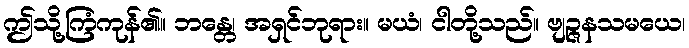
ဤသို့ကြံကုန်၏။ ဘန္တေ၊ အရှင်ဘုရား။ မယံ၊ ငါတို့သည်။ ဗျဉ္ဇနသမယေ၊